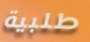
طلبية